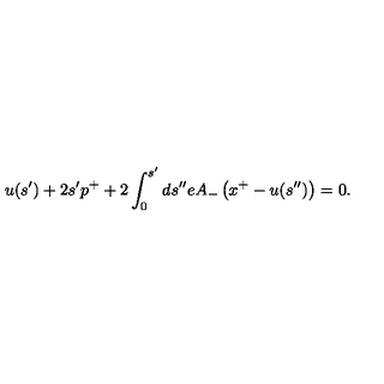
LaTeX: u ( s ^ { \prime } ) + 2 s ^ { \prime } p ^ { + } + 2 \int _ { 0 } ^ { s ^ { \prime } } d s ^ { \prime \prime } e A _ { - } \left( x ^ { + } - u ( s ^ { \prime \prime } ) \right) = 0 .